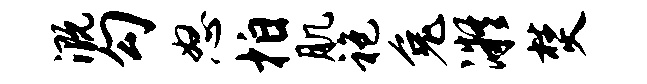
溉勾怒拍肌袍兔凝焚